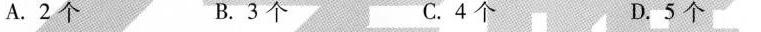
A.2个 B.3个 C.4个 D.5个